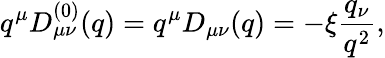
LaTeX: q^{\mu}D_{\mu\nu}^{(0)}(q)=q^{\mu}D_{\mu\nu}(q)=-\xi{\frac{q_{\nu}}{q^{2}}},